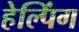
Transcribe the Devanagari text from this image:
हेल्पिंग